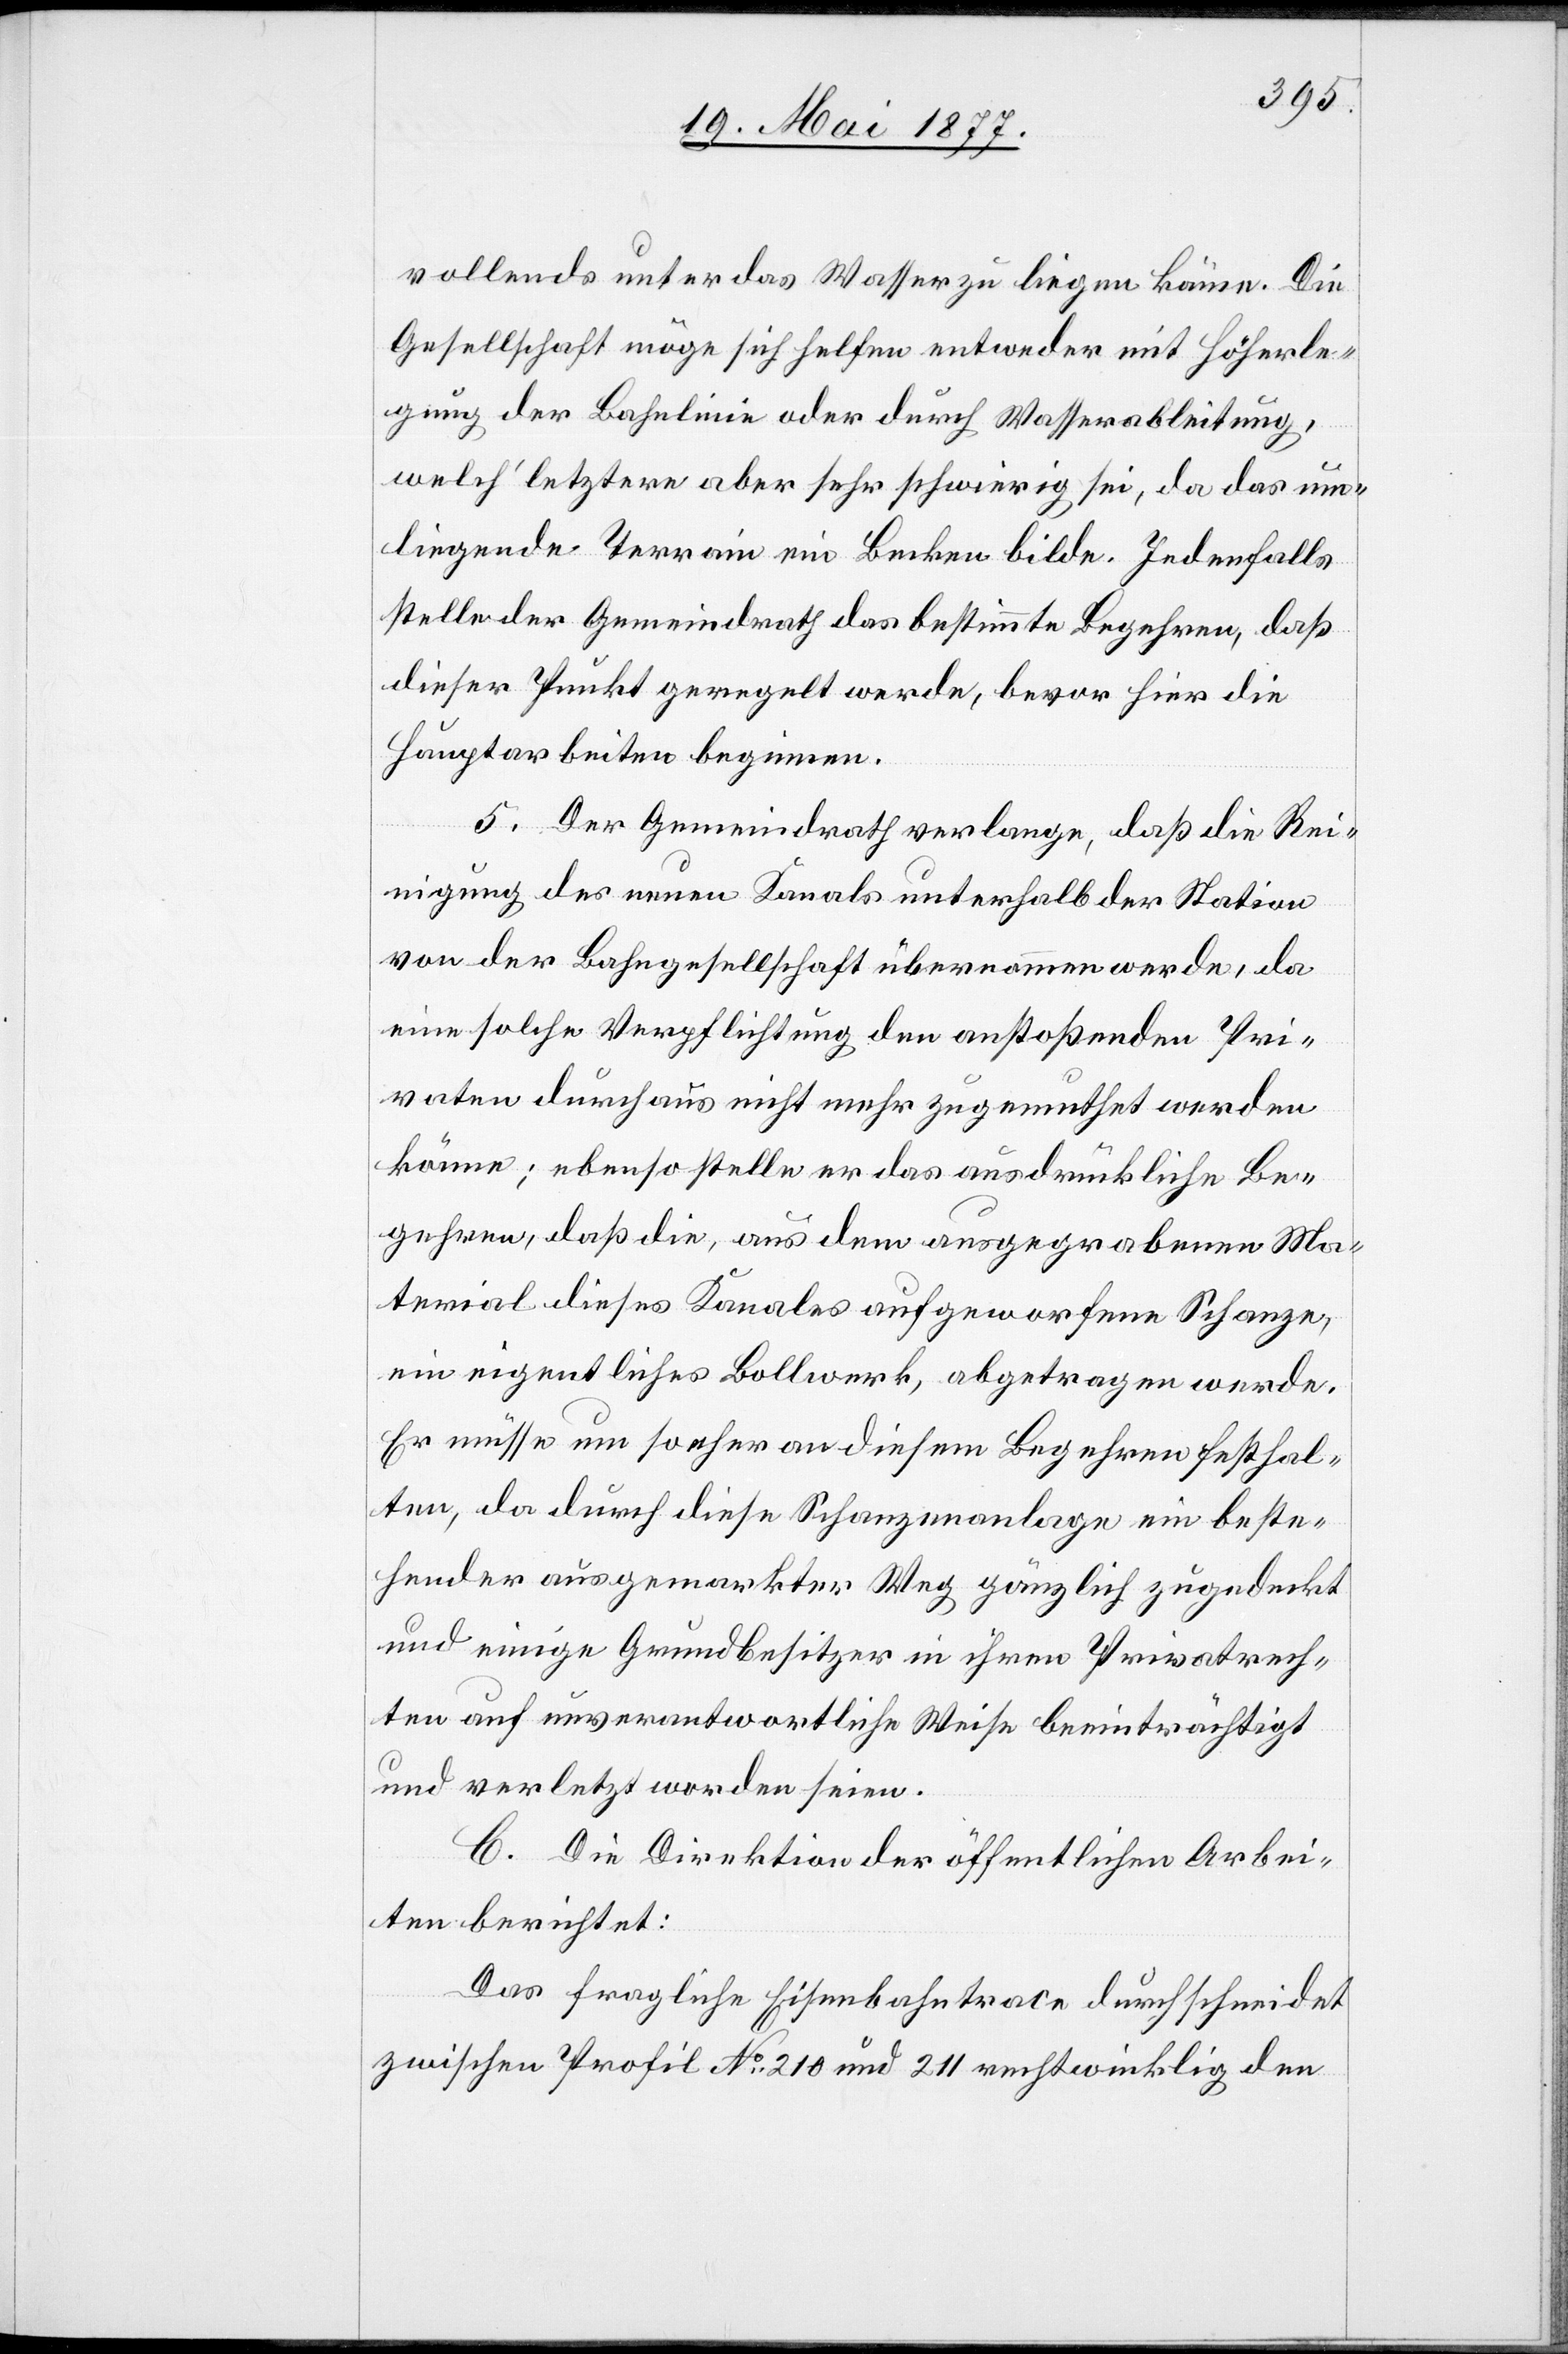
vollends unter das Wasser zu liegen käme. Die
Gesellschaft möge sich helfen entweder mit Höherle¬
gung der Bahnlinie oder durch Wasserableitung,
welch’ letztere aber sehr schwierig sei, da das um¬
liegende Terrain ein Becken bilde. Jedenfalls
stelle der Gemeindrath das bestimmte Begehren, daß
dieser Punkt geregelt werde, bevor hier die
Hauptarbeiten beginnen.
5. Der Gemeindrath verlange, daß die Rei¬
nigung des neuen Kanals unterhalb der Station
von der Bahngesellschaft übernommen werde, da
eine solche Verpflichtung den anstoßenden Pri¬
vaten durchaus nicht mehr zugemuthet werden
könne; ebenso stelle er das ausdrückliche Be¬
gehren, daß die, aus dem ausgegrabenen Ma¬
terial dieses Kanales aufgeworfene Schanze,
ein eigentliches Bollwerk, abgetragen werde.
Er müsse um so eher an diesem Begehren festhal¬
ten, da durch diese Schanzenanlage ein beste¬
hender ausgemarkter Weg gänzlich zugedeckt
und einige Grundbesitzer in ihren Privatrech¬
tliche auf unverantwortliche Weise beeinträchtigt
und verletzt worden seien.
C. Die Direktion der öffentlichen Arbei¬
ten berichtet:
Das fragliche Eisenbahntrace durchschneidet
zwischen Profil No 210 und 211 rechtwinklig den